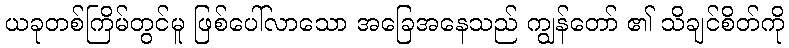
ယခုတစ်ကြိမ်တွင်မူ ဖြစ်ပေါ်လာသော အခြေအနေသည် ကျွန်တော် ၏ သိချင်စိတ်ကို